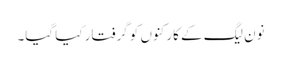
نون لیگ کے کارکنوں کو گرفتار کیا گیا۔